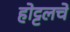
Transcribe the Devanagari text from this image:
होट्टलचे